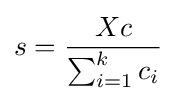
s={Xc \over \sum _{i=1}^{k}c_{i}}